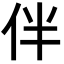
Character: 伴